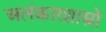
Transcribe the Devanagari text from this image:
अलंकारशास्त्रों